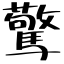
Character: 驚